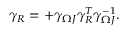
\gamma _ { R } = + \gamma _ { \Omega J } \gamma _ { R } ^ { T } \gamma _ { \Omega J } ^ { - 1 } .